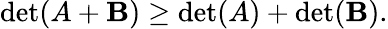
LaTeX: \operatorname*{det}(A+\mathbf{B})\geq\operatorname*{det}(A)+\operatorname*{det}(\mathbf{B}).